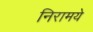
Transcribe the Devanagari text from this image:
निरामये